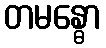
တမန္ဓော